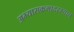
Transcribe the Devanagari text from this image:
अभ्यासक्रमादरम्यान